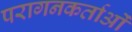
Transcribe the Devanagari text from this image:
परागनकर्ताओं